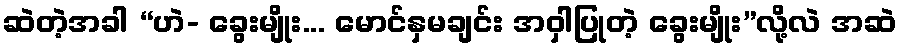
ဆဲတဲ့အခါ “ဟဲ- ခွေးမျိုး... မောင်နှမချင်း အဝှါပြုတဲ့ ခွေးမျိုး”လို့လဲ အဆဲ